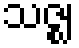
သဇ္ဈ